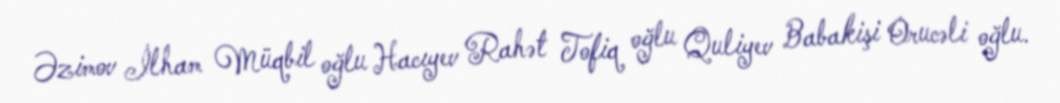
Əzimov İlham Müqbil oğlu Hacıyev Rahət Tofiq oğlu Quliyev Babakişi Orucəli oğlu.